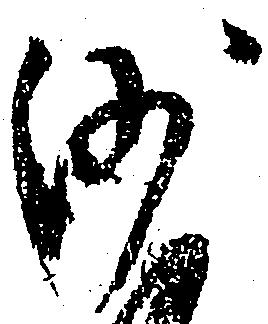
沙